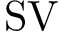
\operatorname { S V }